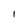
Character: l